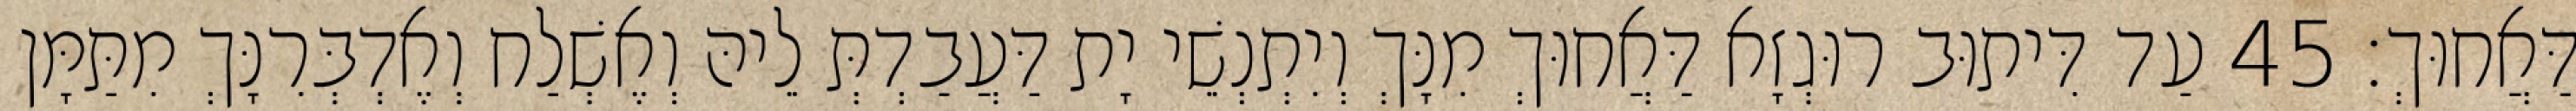
דַּאֲחוּךְ׃ 45 עַד דִּיתוּב רוּגְזָא דַּאֲחוּךְ מִנָּךְ וְיִתְנְשֵׁי יָת דַּעֲבַדְתְּ לֵיהּ וְאֶשְׁלַח וְאֶדְבְּרִנָּךְ מִתַּמָּן